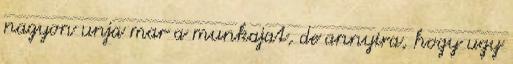
nagyon unja mar a munkajat, de annyira, hogy ugy